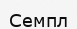
Семпл